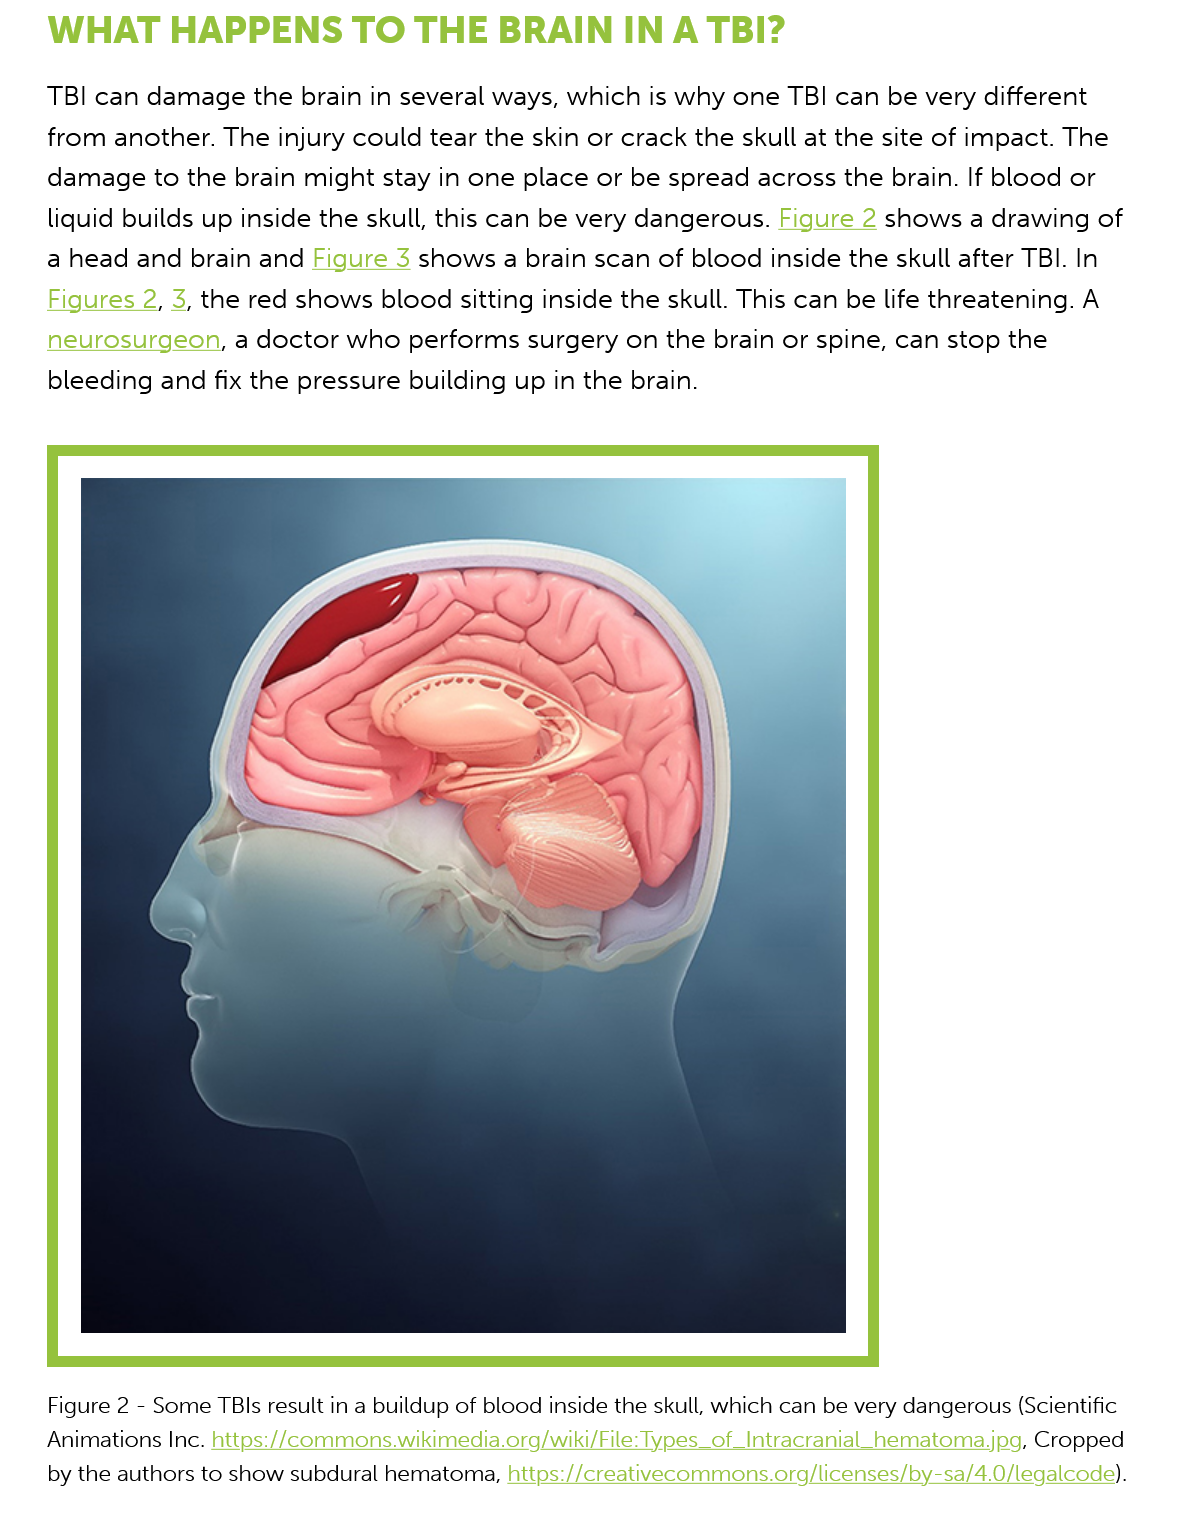
TBI can  damage the brain    in several ways, which   is why one  TBI can  be very different
     from  another. The  injury could  tear the skin or crack  the skull at the site of impact. The
     damage to   the  brain might  stay in one place  or be spread  across the  brain. If blood or
     liquid builds up inside the skull, this can be very dangerous.   Figure
   2
     shows  a drawing   of
     a head  and brain  and Figure
   3
     shows a   brain scan of blood  inside the  skull after TBI. In
     Figures
     2,
     3, the red shows blood  sitting  inside the skull. This can be life threatening. A
     neurosurgeon,    a doctor who   performs surgery   on  the brain or spine, can  stop  the
     bleeding  and fix the pressure  building  up in the brain.
     WHAT    HAPPENS    TO    THE  BRAIN    IN    A  TBI?
     Figure 2
     -
     Some TBIs result in a buildup of blood inside the skull, which can be very dangerous (Scientific
     Animations Inc. https://commons.wikimedia.org/wiki/File: lypes_of_Intracranial_hematoma.jpg, Cropped

     by the authors to show subdural hematoma, https://creativecommons.org/licenses/by-sa/4.0/legalcode).